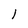
Character: l